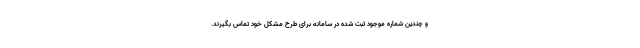
و چندین شماره موجود ثبت شده در سامانه برای طرح مشکل خود تماس بگیرند.